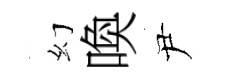
幻喚尹